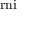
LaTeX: \operatorname { r n i }